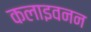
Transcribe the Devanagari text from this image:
कलाइवनन